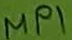
Text: MP1